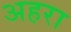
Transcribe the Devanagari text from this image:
अहरा